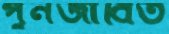
পুনর্জীবিত